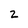
Character: 2